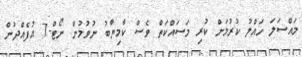
މައްސަލަ ހައްލު ކުރުމަށް ކުރި މަސައްކަތް ވެސް ކާމިޔާބު ނުވުމުން ނޯޓް-7 އުފެއްދުން